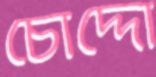
চোদ্দো